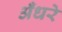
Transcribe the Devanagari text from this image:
अँधरे